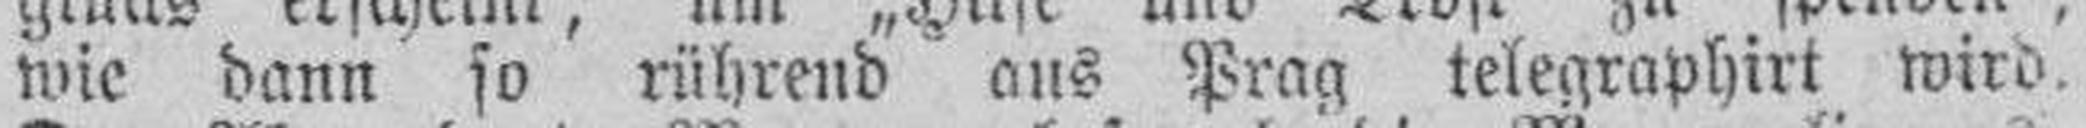
wie dann so rührend aus Prag telegraphirt wird.